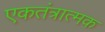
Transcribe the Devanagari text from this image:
एकतंत्रात्मक